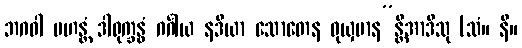
ဘဂဝါ မဟန္တံ ဒါရုက္ခန္ဓံ ဂင်္ဂါယ နဒိယာ သောတေန ဝုယှမာန”န္တိအာဒီသု (သံ။ နိ။